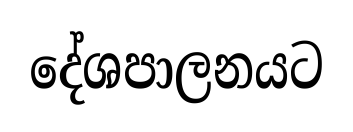
දේශපාලනයට